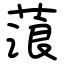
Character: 蒗